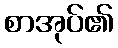
စာအုပ်၏